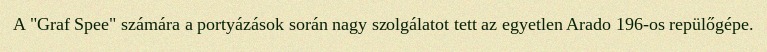
A "Graf Spee" számára a portyázások során nagy szolgálatot tett az egyetlen Arado 196-os repülőgépe.